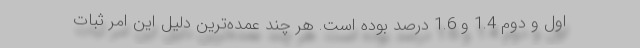
اول و دوم 1.4 و 1.6 درصد بوده است. هر چند عمده‌ترين دليل اين امر ثبات